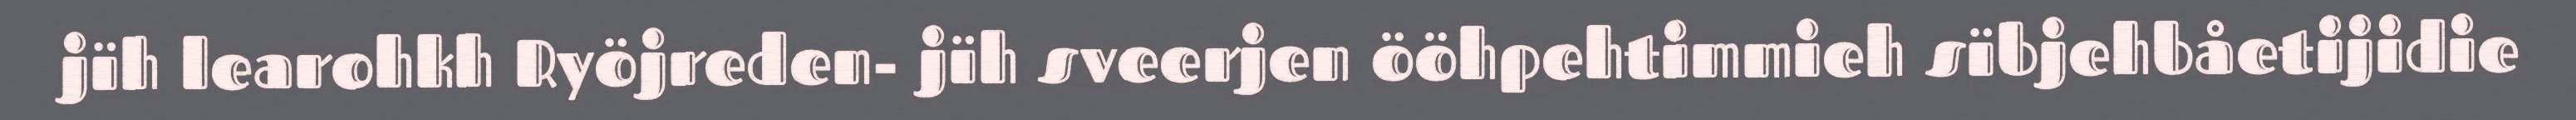
jïh learohkh Ryöjreden- jïh sveerjen ööhpehtimmieh sïbjehbåetijidie